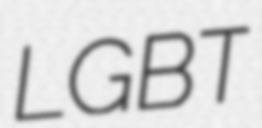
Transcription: LGBT